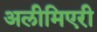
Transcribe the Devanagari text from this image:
अलीमिएरी